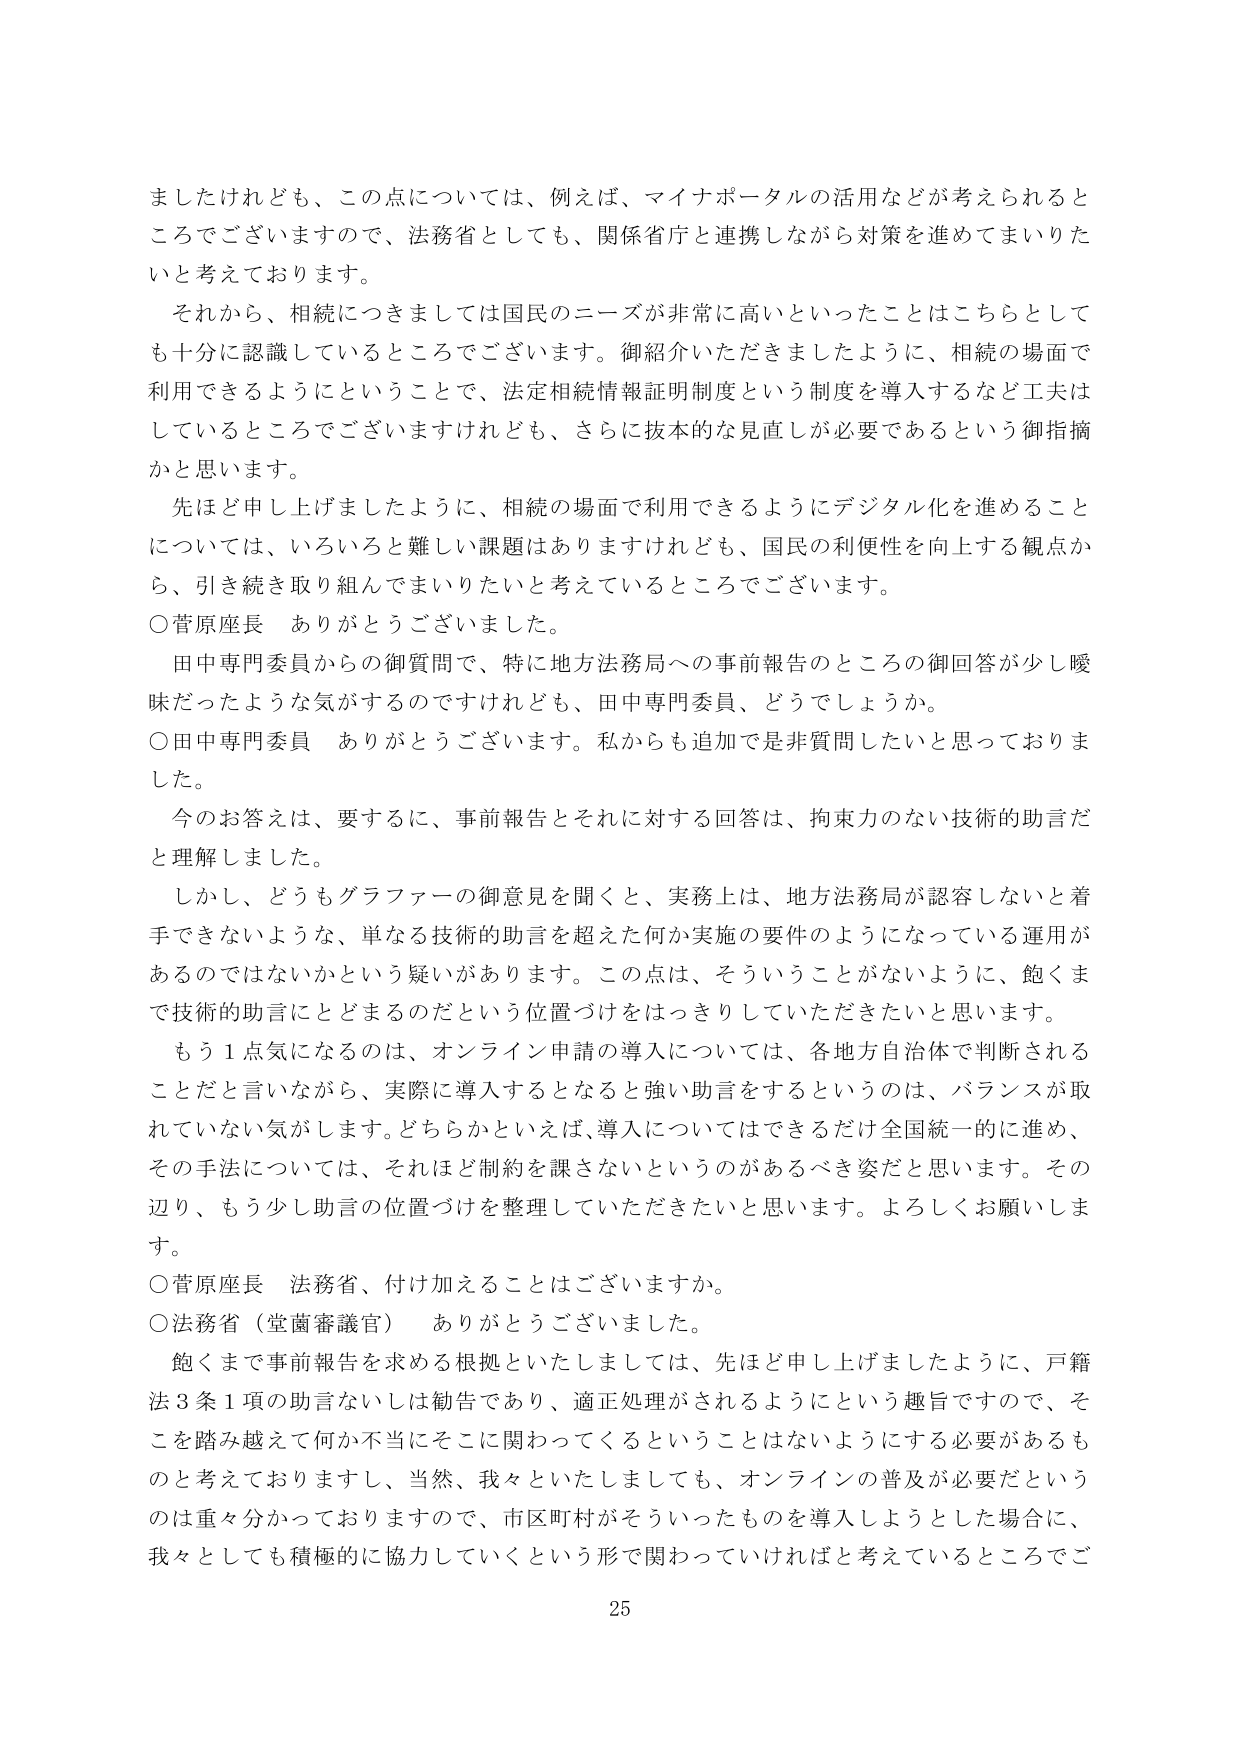
ましたけれども、この点については、例えば、マイナポータルの活用などが考えられるところでございますので、法務省としても、関係省庁と連携しながら対策を進めてまいりたいと考えております。

それから、相続につきましては国民のニーズが非常に高いといったことはこちらとしても十分に認識しているところでございます。御紹介いただきましたように、相続の場面で利用できるようにということで、法定相続情報証明制度という制度を導入するなど工夫はしているところでございますけれども、さらに抜本的な見直しが必要であるという御指摘かと思います。

先ほど申し上げましたように、相続の場面で利用できるようにデジタル化を進めることについては、いろいろと難しい課題はありますけれども、国民の利便性を向上する観点から、引き続き取り組んでまいりたいと考えているところでございます。

○菅原座長　ありがとうございます。

田中専門委員からの御質問で、特に地方法務局への事前報告のところの御回答が少し曖昧だったような気がするのですけれども、田中専門委員、どうでしょうか。

○田中専門委員　ありがとうございます。私からも追加では非質問したいと思っておりました。

今のお答えは、要するに、事前報告とそれに対する回答は、拘束力のない技術的助言だと理解しました。

しかし、どうもグラファーの御意見を聞くと、実務上は、地方法務局が認容しないと着手できないような、単なる技術的助言を超えた何か実施の要件のようになっている運用があるのではないかという疑いがあります。この点は、そういうことがないように、飽くまで技術的助言にとどまるのだという位置づけをはっきりしていただきたいと思います。

もう１点気になるのは、オンライン申請の導入については、各地方自治体で判断されることだと言いながら、実際に導入するとなると強い助言をするというのは、バランスが取れていない気がします。どちらかといえば、導入についてはできるだけ全国統一的に進め、その手法については、それほど制約を課さないというのがあるべき姿だと思います。その辺り、もう少し助言の位置づけを整理していただきたいと思います。よろしくお願いします。

○菅原座長　法務省、付け加えることはございますか。

○法務省（堂薗審議官）　ありがとうございました。

飽くまで事前報告を求める根拠といたしましては、先ほど申し上げましたように、戸籍法３条１項の助言ないしは勧告であり、適正処理がされるようにという趣旨ですので、そこを踏み越えて何か不当にそこに関わってくるということはないようにする必要があるものと考えておりますし、当然、我々といたしましても、オンラインの普及が必要だというのは重々分かっておりますので、市区町村がそういったものを導入しようとした場合に、我々としても積極的に協力していくという形で関わっていければと考えているところでございます。

25